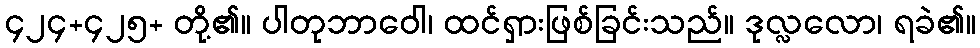
၄၂၄+၄၂၅+ တို့၏။ ပါတုဘာဝေါ၊ ထင်ရှားဖြစ်ခြင်းသည်။ ဒုလ္လလော၊ ရခဲ၏။